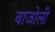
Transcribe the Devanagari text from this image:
बाजोली